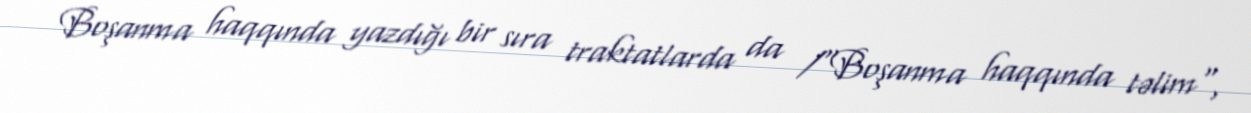
Boşanma haqqında yazdığı bir sıra traktatlarda da /"Boşanma haqqında təlim",